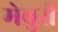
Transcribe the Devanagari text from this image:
मेबुरी